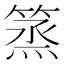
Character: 篜